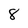
Character: 8